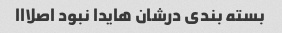
بسته بندی درشان هایدا نبود اصلااا